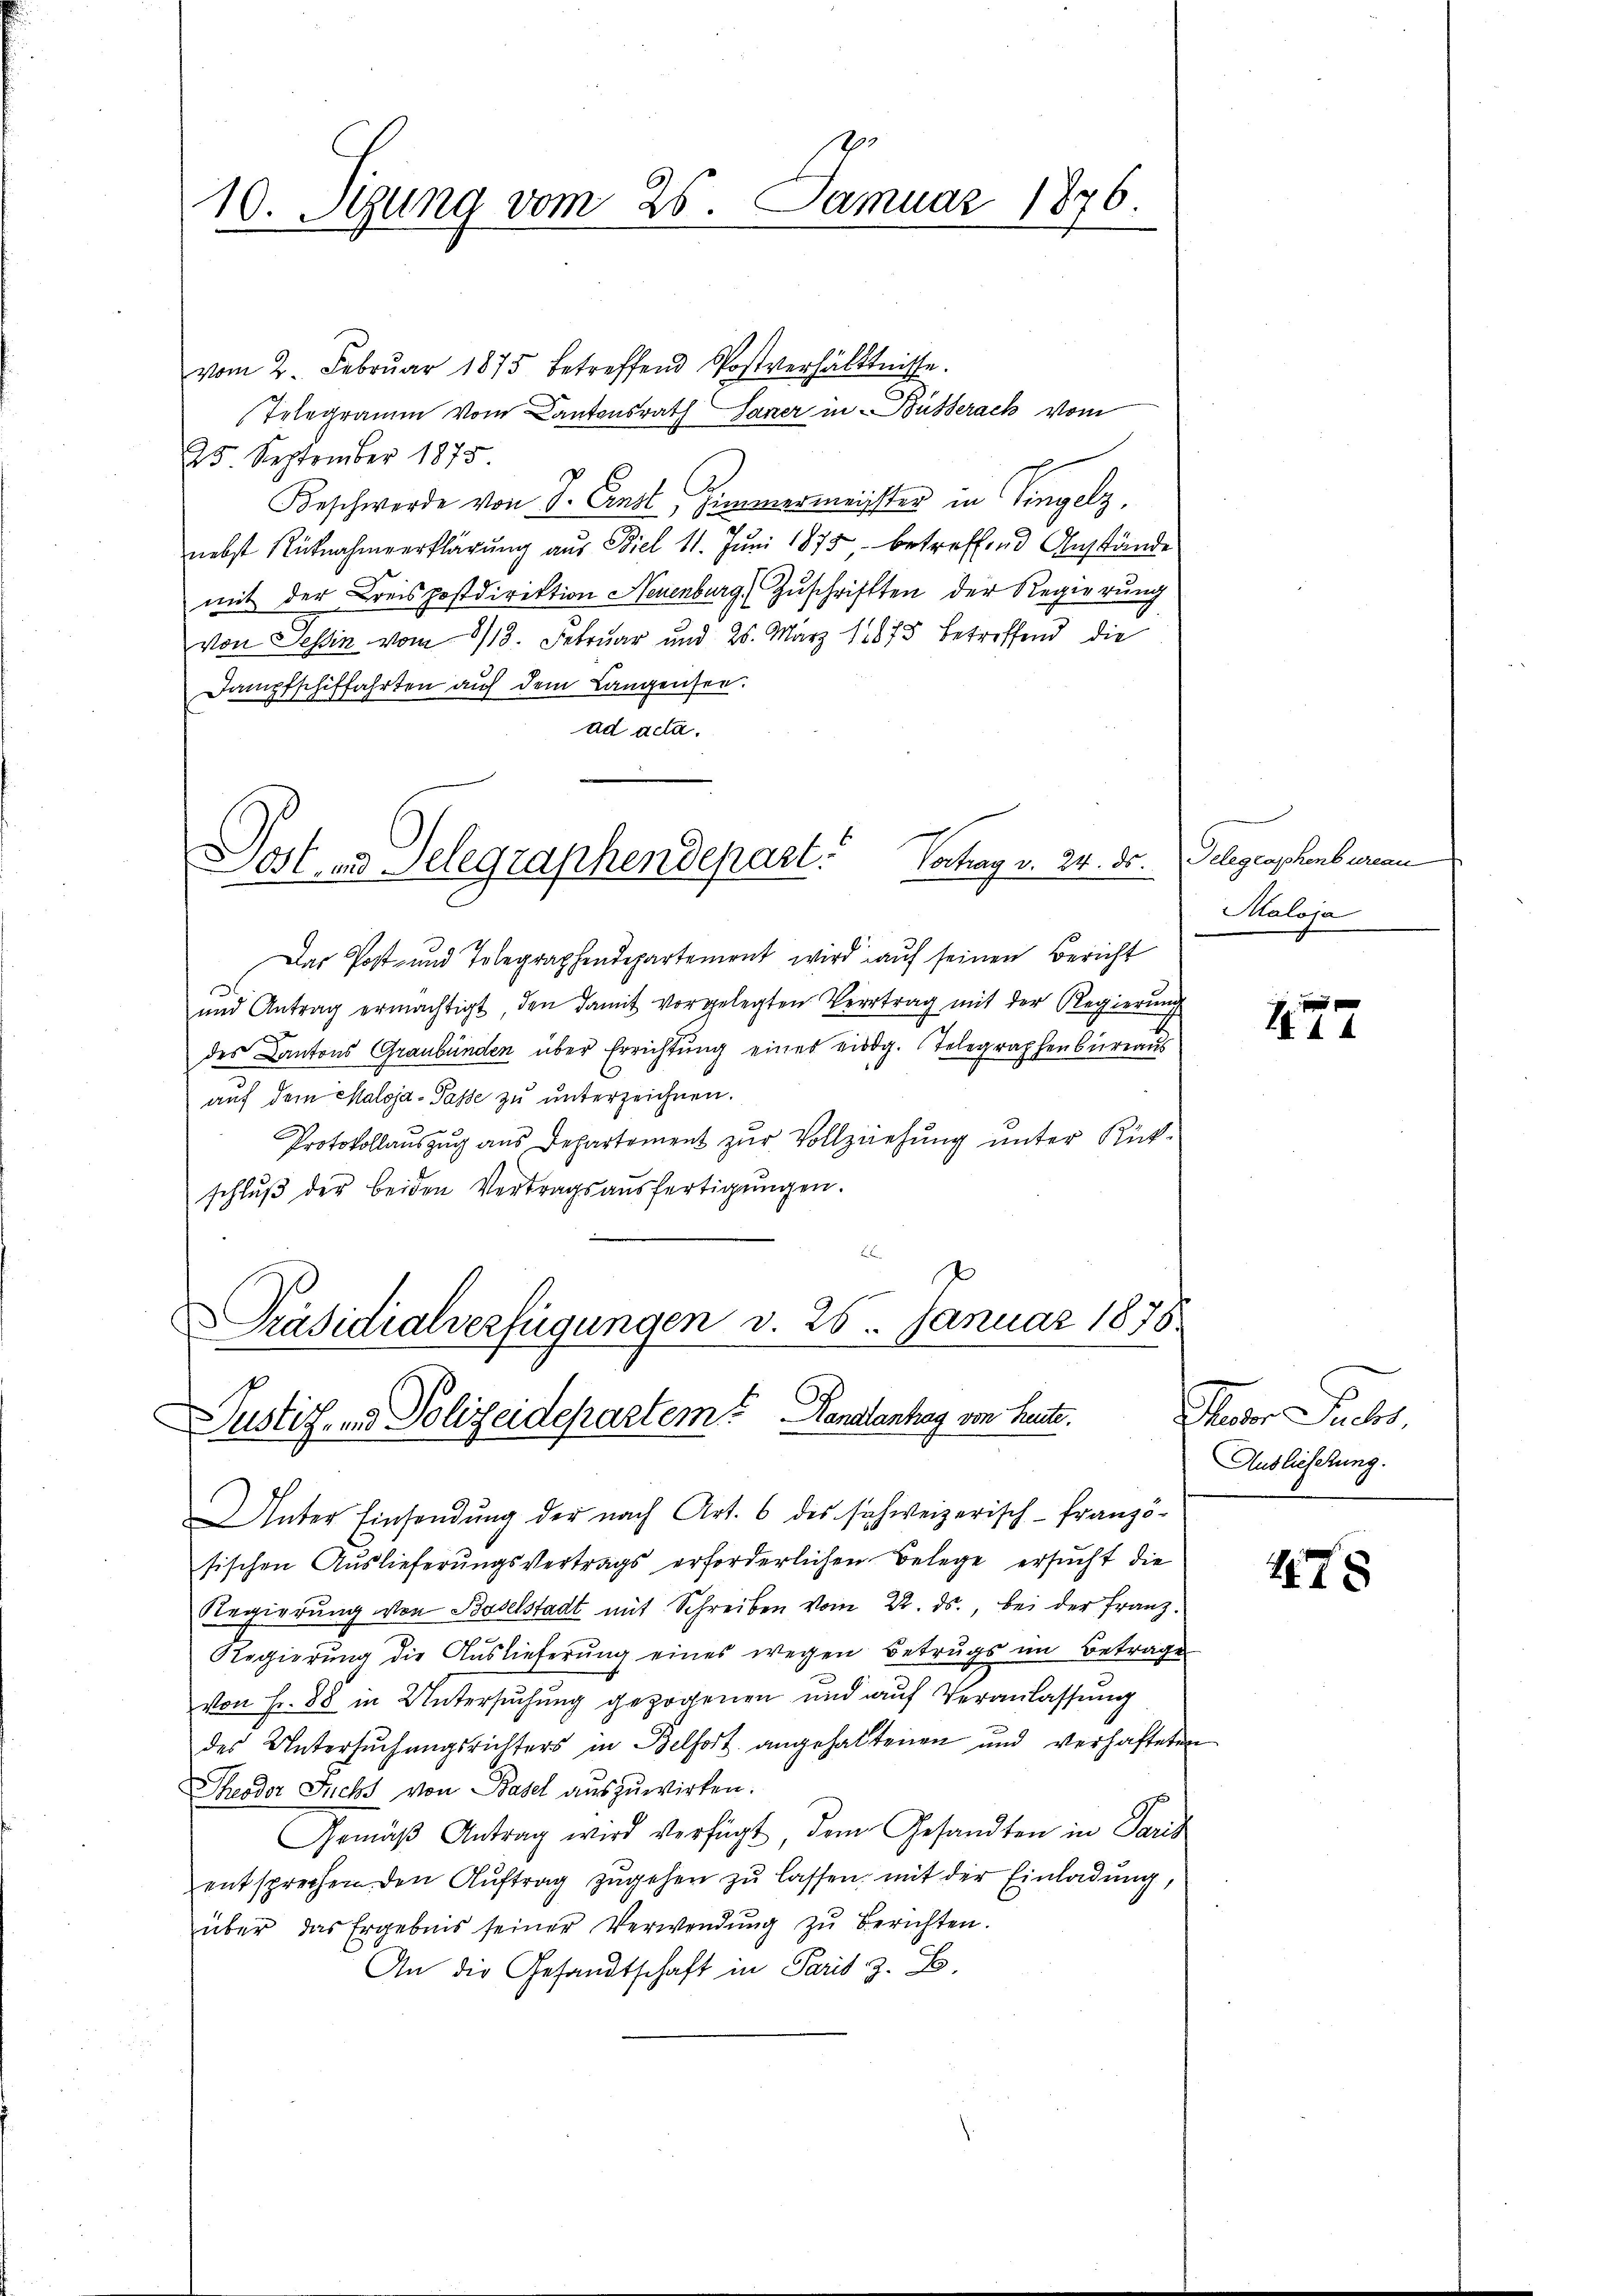
h
10. Stung vom 25. Januar 1876.

vom 2. Febrŭar 1875 betreffend Postverhältnisse.
Telegramm vom Cantonsrath Lanzer in Busserack vom
25 September 1875
C
Beschwerde von Sr. Ernst, Zimmermeister in Eingelz
nebst Rücknahmeerklärung aus Biel 11. Juni 1875 betreffend Anstände
mit der Kreispostdirektion Neuenburg Zuschriften der Regierung
von Tessin vom 8/18. Februar und 25. März 1875 betreffend die
Dampfschiffahrten auf dem Langensee.
ad acta.
e
Vortrag v. 24. ds.
Post in Telegraphendepart.
Das Post- und Telegraphendepartement wird auf seinen Bericht
und Antrag ermächtigt, den damit vorgelegten Vertrag mit der Regierŭng
des Kantons Graubünden über Errichtung eines eidg. Telegraphenbureaus
auf dem Maloja-Pässe zu unterzeichnen.
Protokollauszug aus Departement zur Vollziehung unter Rückschlŭβ der beiden Vertragsaŭsfertigŭngen.

Präsidialverfügungen v. 25. Januar 1878
e
Justiz- und Polizeidepartem Kanalantrag von Heute.

Unter Einsendŭng der nach Art. 6 des schweizerisch-Franzö-
sischen Auslieferungsvertrags erforderlichen Belege ersucht die
Regierung von Baselstadt mit Schreiben vom 22. ds., bei der Franz
Regierung die Auslieferung eines wegen Betrugs im Betrage
von Fr. 88 in Untersŭchŭng gezogenen und auf Veranlassung
des Untersuchungsrichters in Belfort angehaltenen und verhafteten
Theodor Fuchs von Basel auszuwirken.
Gemäβ Antrag wird verfügt dem Gesandten in Paris
entsprechen den Aŭftrag zŭgehen zŭ lassen, mit der Einladŭng,
über das Ergebnis seiner Verwendŭng zŭ berichten.
An die Gesandtschaft in Paris z. B.

Telegraphenbureau
Maloja

e
I44

Mater Sicher,
Auslieferung.

478